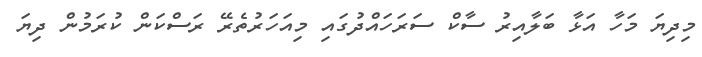
މިދިޔަ މަހާ އަޅާ ބަލާއިރު ސާކް ސަރަހައްދުގައި މިއަހަރުތެރޭ ރަސްކަން ކުރަމުން ދިޔަ